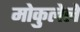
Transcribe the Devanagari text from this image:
मोकुलेले